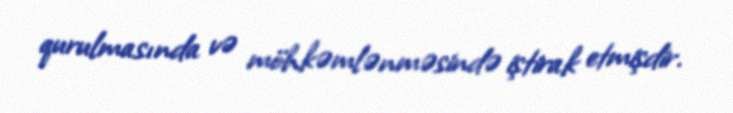
qurulmasında və möhkəmlənməsində iştirak etmişdir.